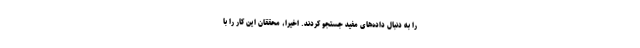
را به دنبال داده‌های مفید جستجو کردند. اخیرا، محققان این کار را با